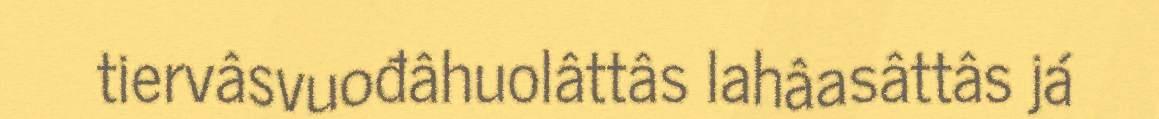
tiervâsvuođâhuolâttâs lahâasâttâs já